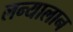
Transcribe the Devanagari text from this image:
लन्यालान